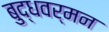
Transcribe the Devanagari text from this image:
बुद्धवर्मन